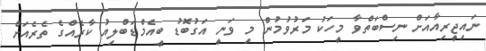
ނައިޖީރިއާއަށް ނިސްބަތްވާ މީހަކު މަރުވުމުން މި ވަނީ އަގުބޮޑު ބީއެމްޑަބްލިއު ކާރެއްގެ ތެރެއަށް